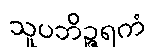
သူပဘိဉ္ဇရကံ